Scottish Leaving Certificate Examination, 1961
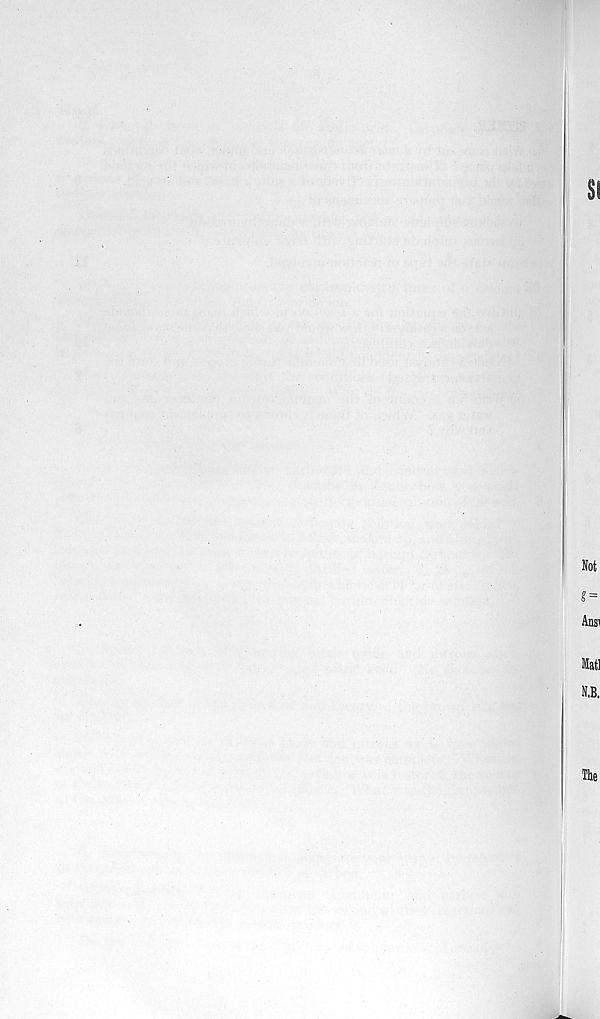
SI
Not
? =
Ansi
Mat!
N.B.
The